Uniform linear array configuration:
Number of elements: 12
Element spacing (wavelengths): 1
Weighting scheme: uniform
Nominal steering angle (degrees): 45
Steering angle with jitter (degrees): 43.27
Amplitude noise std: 0.05
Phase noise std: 0.05

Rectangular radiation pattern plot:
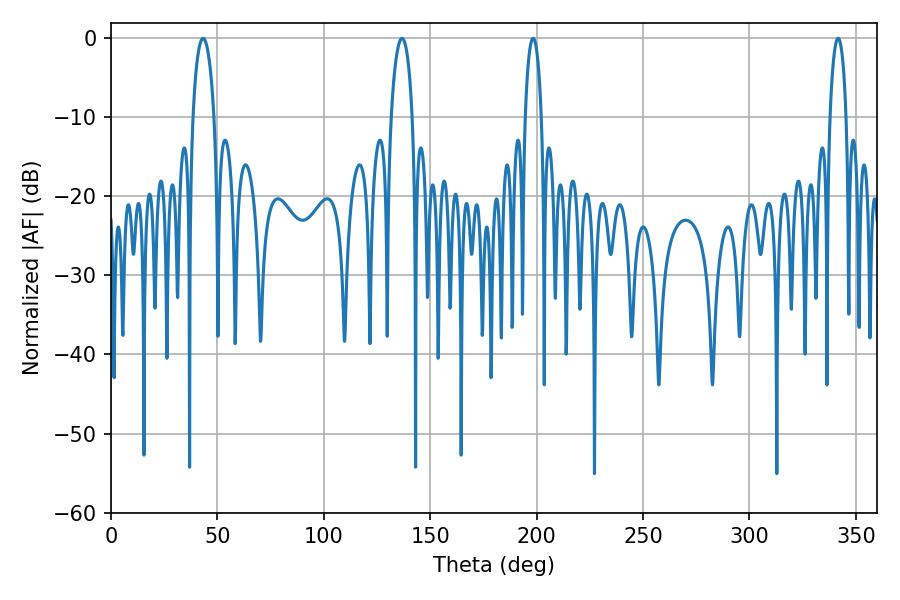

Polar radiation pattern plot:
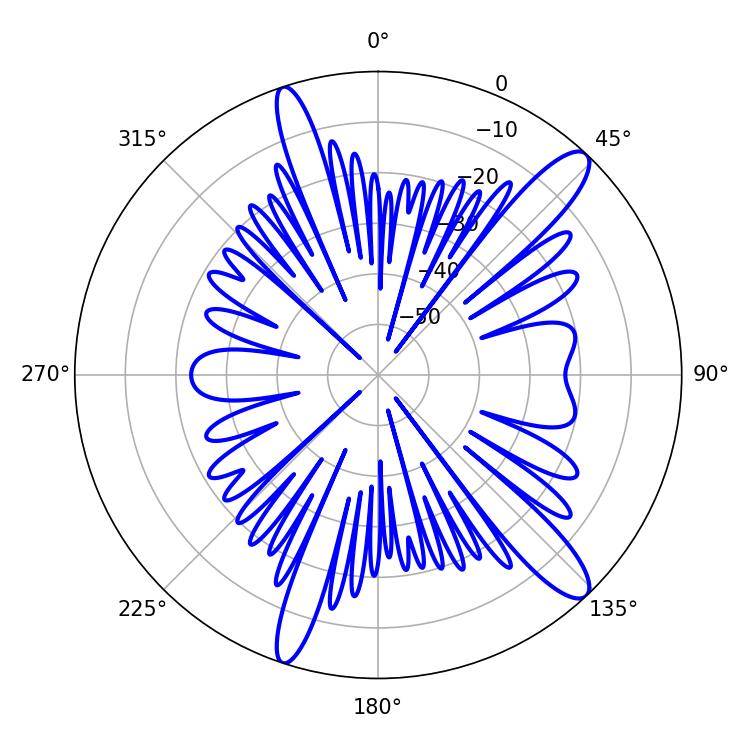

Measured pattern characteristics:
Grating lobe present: TRUE
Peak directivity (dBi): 12.924
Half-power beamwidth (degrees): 4.32
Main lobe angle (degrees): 341.64